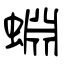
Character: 蜵